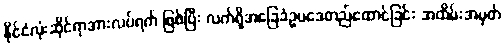
နိုင်ငံလုံးဆိုင်ရာအားလပ်ရက် ဖြစ်ပြီး လက်ရှိအခြေခံဥပဒေတည်ထောင်ခြင်း အထိမ်းအမှတ်